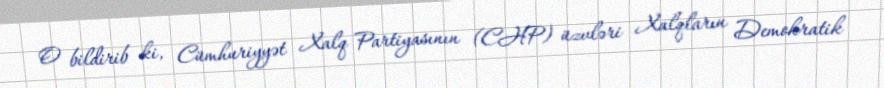
O bildirib ki, Cümhuriyyət Xalq Partiyasının (CHP) üzvləri Xalqların Demokratik